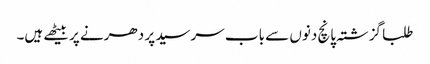
طلبا گزشتہ پانچ دنوں سے باب سرسید پر دھرنے پر بیٹھے ہیں۔